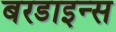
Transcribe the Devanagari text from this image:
बरडाइन्स